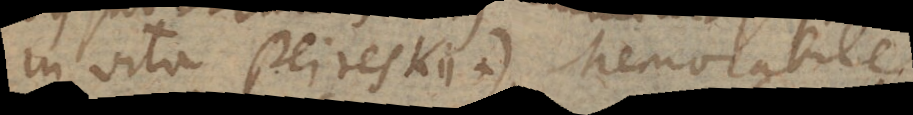
in vita Peireskii. +) Memorabile